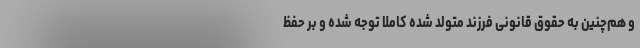
و هم‌چنین به حقوق قانونی فرزند متولد شده کاملا توجه شده و بر حفظ